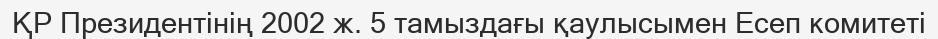
ҚР Президентінің 2002 ж. 5 тамыздағы қаулысымен Есеп комитеті